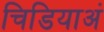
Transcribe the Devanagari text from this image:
चिडियाअं